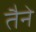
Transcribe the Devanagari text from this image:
तैने